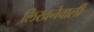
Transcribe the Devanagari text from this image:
लिखनेवाली